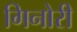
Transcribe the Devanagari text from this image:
गिनोरी